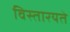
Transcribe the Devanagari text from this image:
विस्तारयते